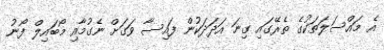
އެ މައްސަލަތަކުގެ ތެރޭގައި ގިނަ އަދަދަކުން ފައިސާ ވަގަށް ނެގުމާއި މޯބައިލް ފޯނު